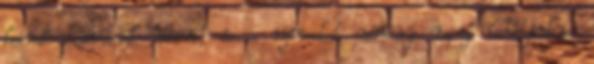
leendő kedvesük nevét, és a szíveket néhány napig kabátjukra